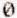
0